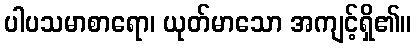
ပါပသမာစာရော၊ ယုတ်မာသော အကျင့်ရှိ၏။